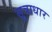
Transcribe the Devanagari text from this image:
सूत्राधार